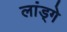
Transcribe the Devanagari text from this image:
लांड्गे